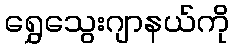
ရွှေသွေးဂျာနယ်ကို